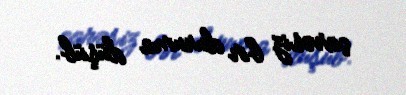
çarəsiz bir duruma düşüb.